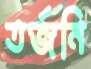
তর্জনি